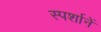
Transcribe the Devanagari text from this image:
स्पर्शानें